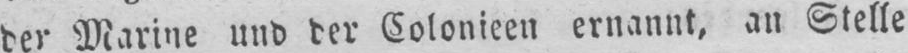
der Marine und der Colonieen ernannt, an Stelle